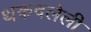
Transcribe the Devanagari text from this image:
थकवलेली